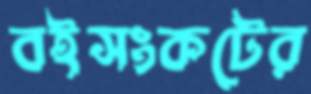
বইসংকটের